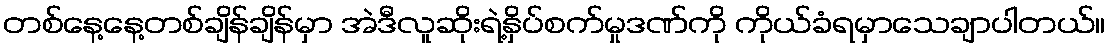
တစ်နေ့နေ့တစ်ချိန်ချိန်မှာ အဲဒီလူဆိုးရဲ့နှိပ်စက်မှုဒဏ်ကို ကိုယ်ခံရမှာသေချာပါတယ်။